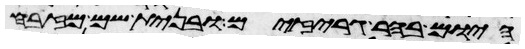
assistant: היום בהרגריזים ובנית שם מזבח